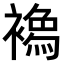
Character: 𧝌